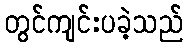
တွင်ကျင်းပခဲ့သည်